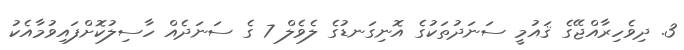
3. ދިވެހިރާއްޖޭގެ ޤައުމީ ސަނަދުތަކުގެ އޮނިގަނޑުގެ ލެވެލް 7 ގެ ސަނަދެއް ހާސިލުކޮށްފައިވުމާއެކު